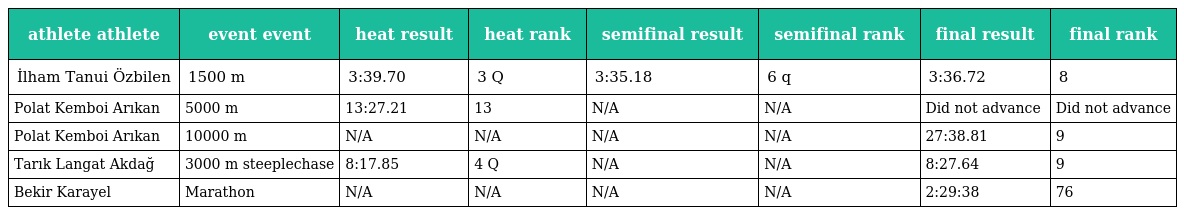
| athlete athlete | event event | heat result | heat rank | semifinal result | semifinal rank | final result | final rank |
 | --- | --- | --- | --- | --- | --- | --- | --- |
 | İlham Tanui Özbilen | 1500 m | 3:39.70 | 3 Q | 3:35.18 | 6 q | 3:36.72 | 8 |
 | Polat Kemboi Arıkan | 5000 m | 13:27.21 | 13 | N/A | N/A | Did not advance | Did not advance |
 | Polat Kemboi Arıkan | 10000 m | N/A | N/A | N/A | N/A | 27:38.81 | 9 |
 | Tarık Langat Akdağ | 3000 m steeplechase | 8:17.85 | 4 Q | N/A | N/A | 8:27.64 | 9 |
 | Bekir Karayel | Marathon | N/A | N/A | N/A | N/A | 2:29:38 | 76 |